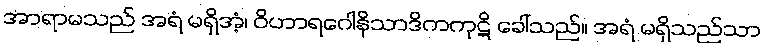
အာရာမသည် အရံ မရှိအံ့၊ ဝိဟာရဂေါနိသာဒိကကုဋိ ခေါ်သည်။ အရံ မရှိသည်သာ